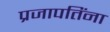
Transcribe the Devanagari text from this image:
प्रजापतिंना